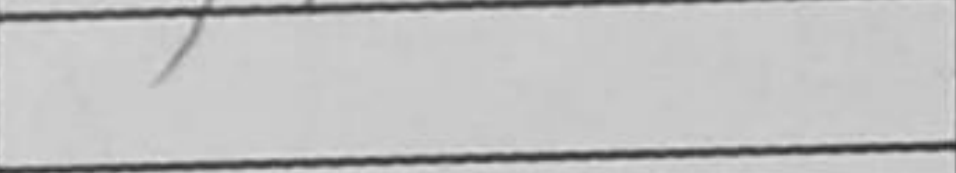
Transcription: g4